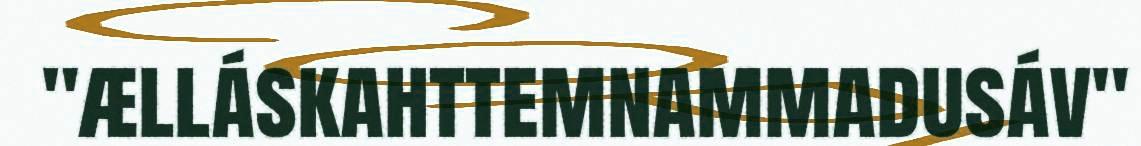
"ælláskahttemnammadusáv"